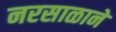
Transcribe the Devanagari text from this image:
नरसाळाने